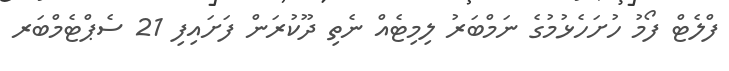
ފްލެޓް ފޯމު ހުށަހެޅުމުގެ ނަމްބަރު ލިމިޓެއް ނެތި ދޫކުރަން ފަށައިފި 21 ސެޕްޓެމްބަރ